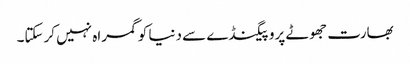
بھارت جھوٹے پروپیگنڈے سے دنیا کوگمراہ نہیں کرسکتا۔